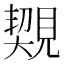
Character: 䚉